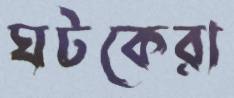
ঘটকেরা